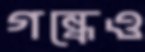
গন্ধেও